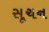
સૂચન